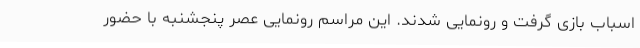
اسباب بازی گرفت و رونمایی شدند. این مراسم رونمایی عصر پنجشنبه با حضور